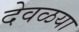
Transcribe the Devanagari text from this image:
देवळया